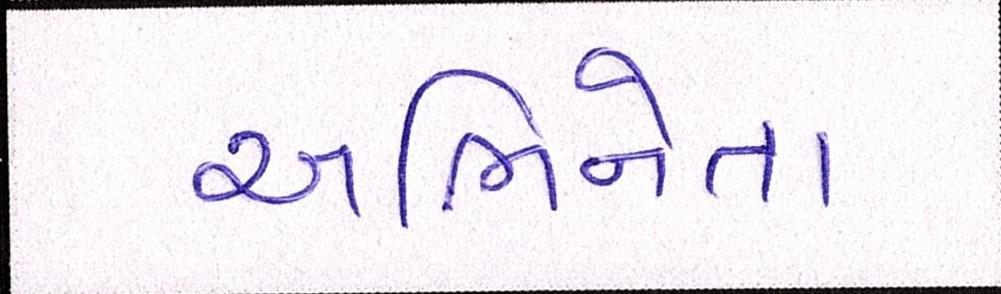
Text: અભિનેતા